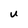
Character: U